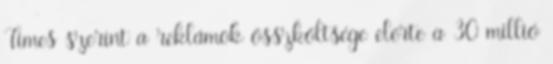
Times szerint a reklámok összköltsége elérte a 30 millió